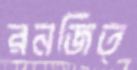
রনজিত্